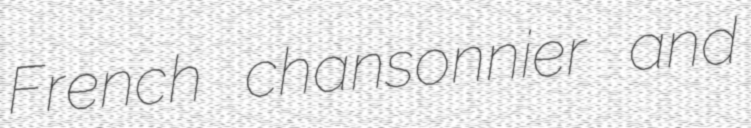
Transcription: French chansonnier and